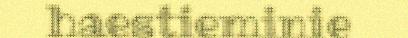
haestieminie